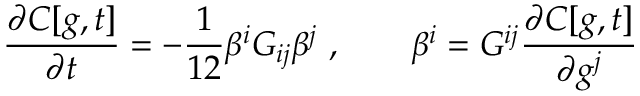
\frac { \partial C [ g , t ] } { \partial t } = - \frac { 1 } { 1 2 } \beta ^ { i } { \cal G } _ { i j } \beta ^ { j } ~ , \qquad \beta ^ { i } = { \cal G } ^ { i j } \frac { \partial C [ g , t ] } { \partial g ^ { j } }